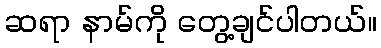
ဆရာ နာမ်ကို တွေ့ချင်ပါတယ်။